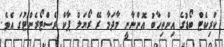
ކްރިކެޓް ބޯޑުގެ އިންތިހާބު އޮންނާނީ މާދަމާ ރޭ ރޯޔަލް ޕާކް ރެސްޓޯރެންޓުގަ އެވެ.